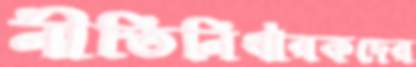
নীতিনির্ধারকদের